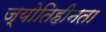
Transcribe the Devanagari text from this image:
ज्योतिहीनता